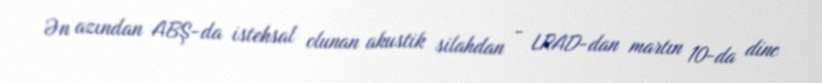
Ən azından ABŞ-da istehsal olunan akustik silahdan - LRAD-dan martın 10-da dinc